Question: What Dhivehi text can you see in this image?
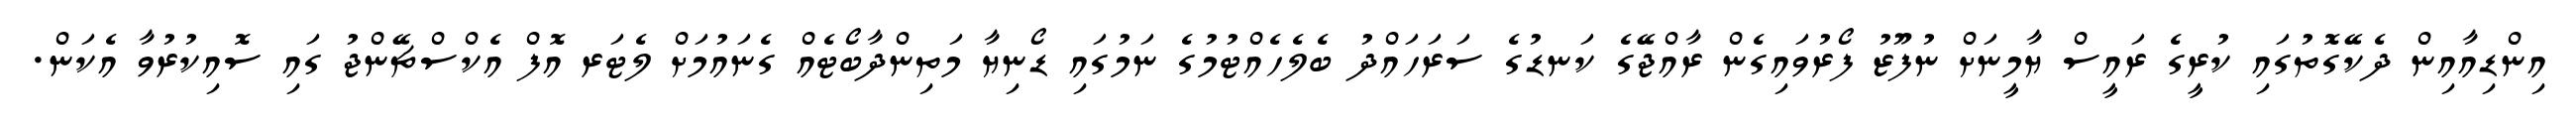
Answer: އިންޑިއާއިން ދެކޭގޮތުގައި ކުރީގެ ރައީސް ޔާމީނަށް ނުފޫޒު ފޯރުވައިގެން ރާއްޖޭގެ ކަނޑުގެ ސަރަހައްދު ބެލެހެއްޓުމުގެ ނަމުގައި ޑޯނިޔާ މަތިންދާބޯޓެއް ގެނައުމަށް ލެޓަރ އޮފް އެކްސްޗޭންޖު ގައި ސޮއިކުރުވާ އެކަން.